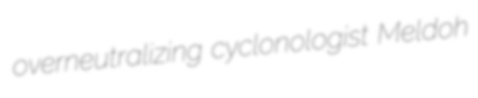
overneutralizing cyclonologist Meldoh